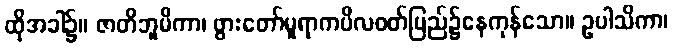
ထိုအခါ၌။ ဇာတိဘူမိကာ၊ ဖွားတော်မူရာကပိလဝတ်ပြည်၌နေကုန်သော။ ဥပါသိကာ၊